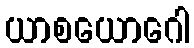
ယာစယောဂေါ